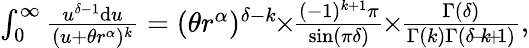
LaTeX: \begin{array}{r}{\int_{0}^{\infty}\frac{u^{\delta-1}\mathrm{d}u}{(u+\theta r^{\alpha})^{k}}=(\theta r^{\alpha})^{\delta-k}\! \! \times\! \! \frac{(-1)^{k+1}\pi}{\sin(\pi\delta)}\! \! \times\! \! \frac{\Gamma(\delta)}{\Gamma(k)\Gamma(\delta\! -\! k\! +\! 1)},}\end{array}